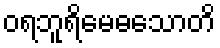
ဝရဘူရိမေဓသောတိ